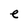
Character: e